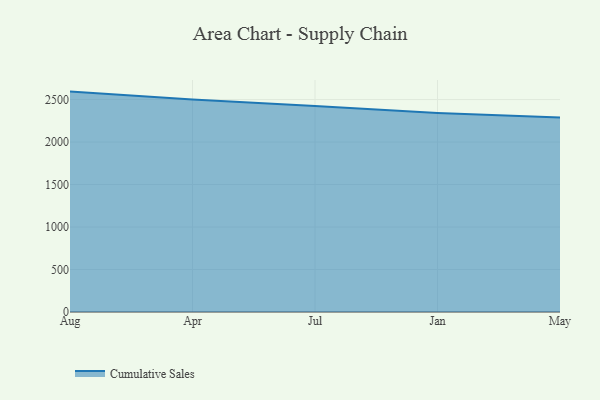
{"axis": {"x": "Month", "y": "Humidity (%)"}, "legend": ["Cumulative Sales"], "data": [{"x": "Aug", "y": 2593.6, "type": "Cumulative Sales"}, {"x": "Apr", "y": 2499.5, "type": "Cumulative Sales"}, {"x": "Jul", "y": 2424.7, "type": "Cumulative Sales"}, {"x": "Jan", "y": 2341.2, "type": "Cumulative Sales"}, {"x": "May", "y": 2287.6, "type": "Cumulative Sales"}]}